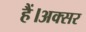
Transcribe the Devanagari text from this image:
हैं।अक्सर